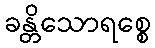
ခန္တိသောရစ္စေ